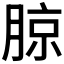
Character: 𰗉